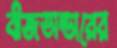
বীজভান্ডারের